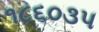
૧૮૬૦૩૫